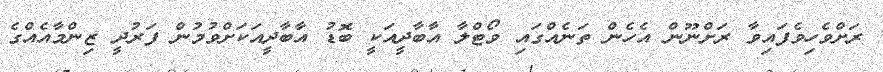
ރަށްވެހިވެފައިވާ ރަށްނޫން އެހެން ތަނެއްގައި ވޯޓްލާ އާބާދީއަކީ ބޮޑު އާބާދީއަކަށްވުމުން ފަރުދީ ޒިންމާއެއްގެ